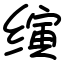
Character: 𬙂